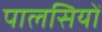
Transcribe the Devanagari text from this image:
पालसियों